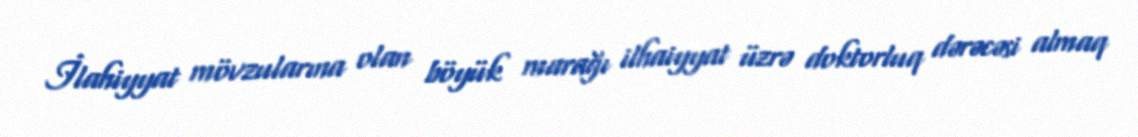
İlahiyyat mövzularına olan böyük marağı ilhaiyyat üzrə doktorluq dərəcəsi almaq